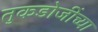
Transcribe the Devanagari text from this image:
तुकडोजींच्या